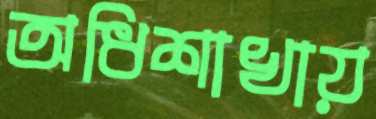
অধিশাখায়